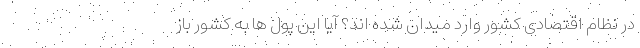
در نظام اقتصادی کشور وارد میدان شده اند؟ آیا این پول ها به کشور باز